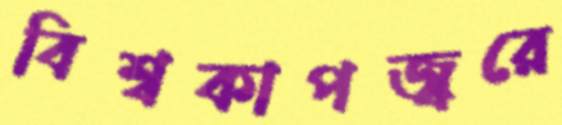
বিশ্বকাপজ্বরে